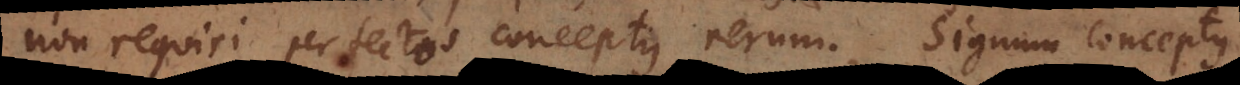
non requiri perfectos conceptus rerum. Signum conceptus